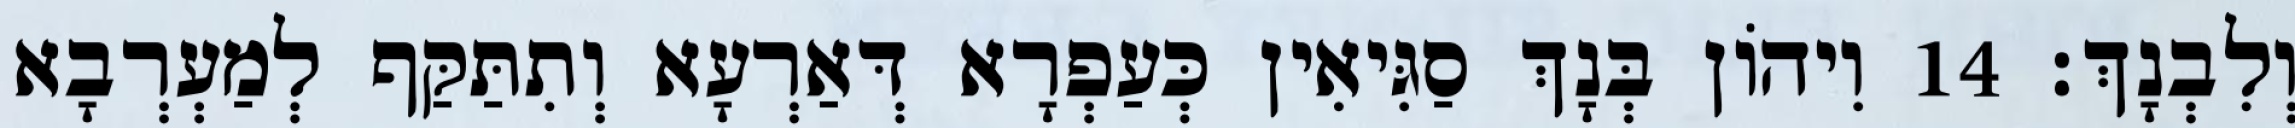
וְלִבְנָךְ׃ 14 וִיהוֹן בְּנָךְ סַגִּיאִין כְּעַפְרָא דְּאַרְעָא וְתִתַּקַּף לְמַעְרְבָא